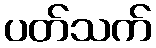
ပတ်သက်